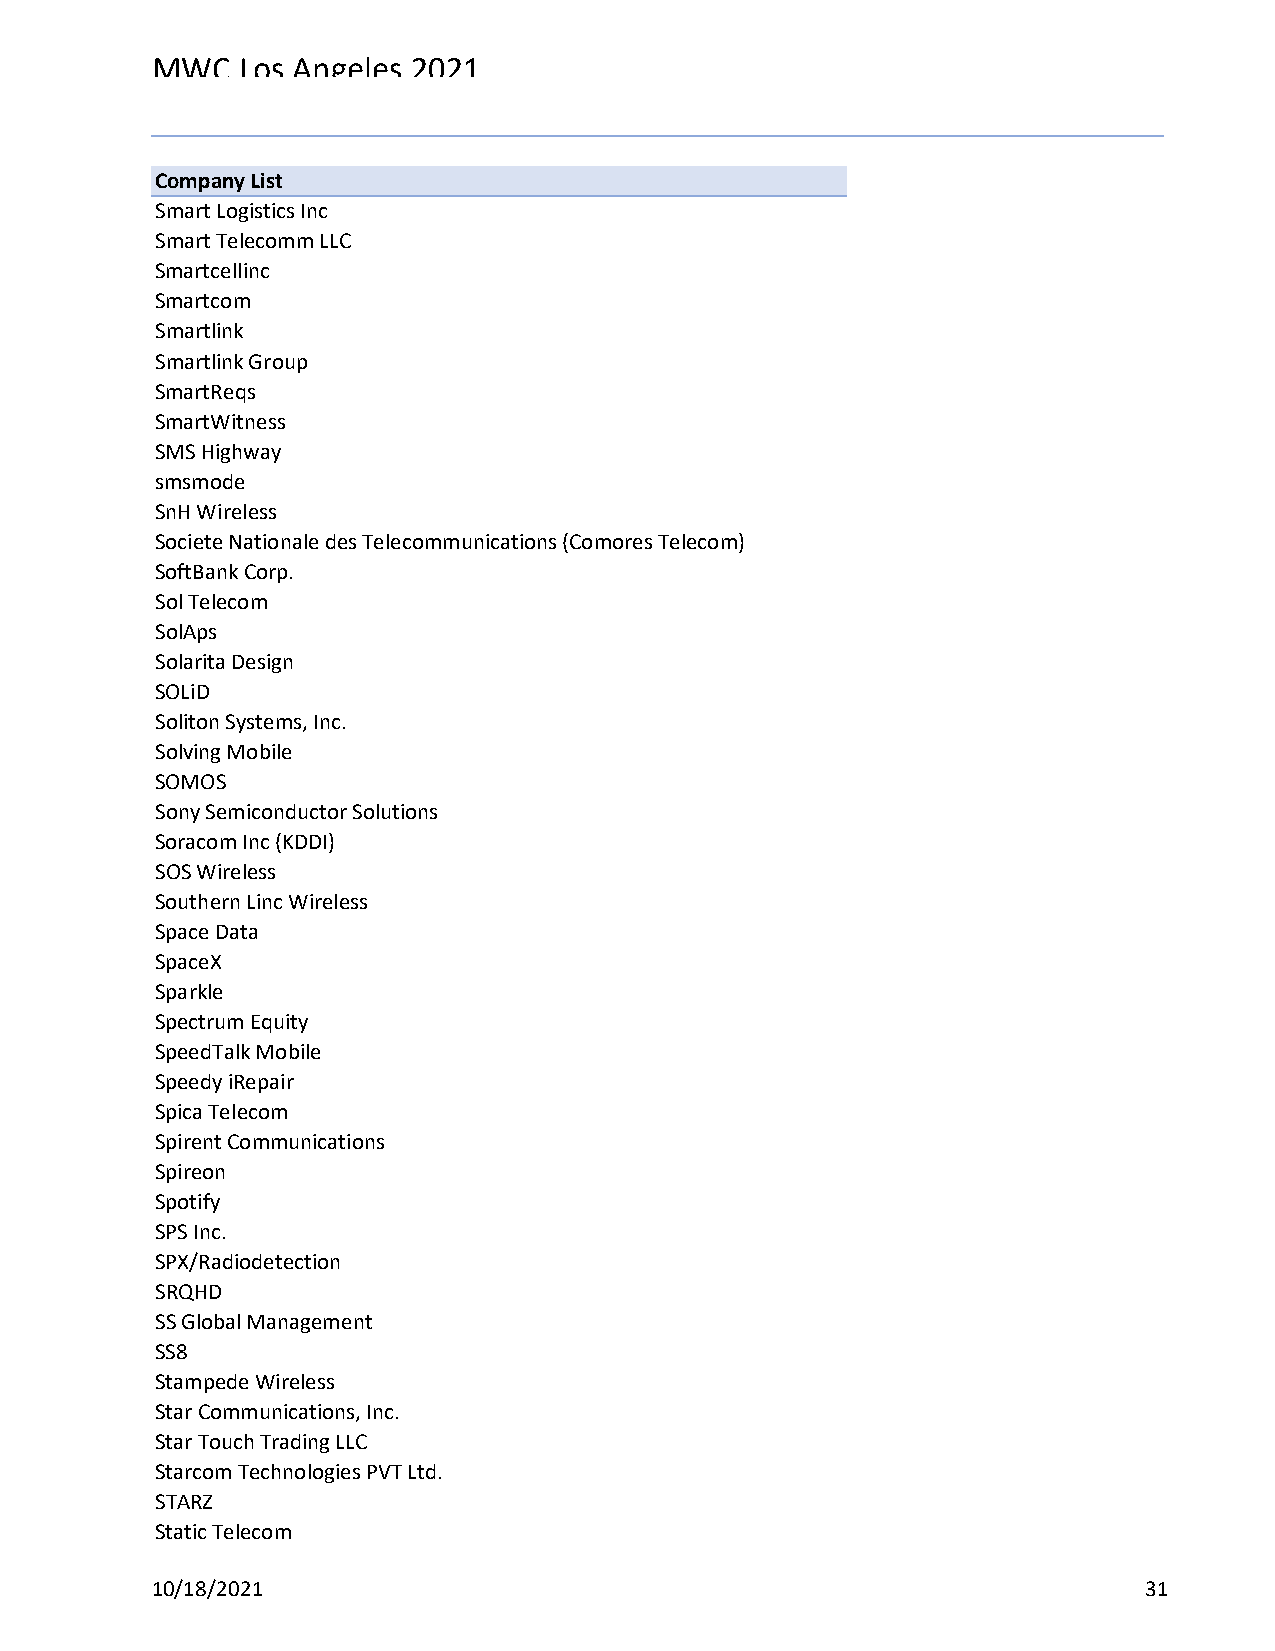
MWC   Los Angeles 2021
 Reg Status                                    Registration Complete
 Code Description                              (Multiple Items)
 Company List
 Smart Logistics Inc
 Smart Telecomm LLC
 Smartcellinc
 Smartcom
 Smartlink
 Smartlink Group
 SmartReqs
 SmartWitness
 SMS Highway
 smsmode
 SnH Wireless
 Societe Nationale des Telecommunications (Comores Telecom)
 SoftBank Corp.
 Sol Telecom
 SolAps
 Solarita Design
 SOLiD
 Soliton Systems, Inc.
 Solving Mobile
 SOMOS
 Sony Semiconductor Solutions
 Soracom Inc (KDDI)
 SOS Wireless
 Southern Linc Wireless
 Space Data
 SpaceX
 Sparkle
 Spectrum Equity
 SpeedTalk Mobile
 Speedy iRepair
 Spica Telecom
 Spirent Communications
 Spireon
 Spotify
 SPS Inc.
 SPX/Radiodetection
 SRQHD
 SS Global Management
 SS8
 Stampede Wireless
 Star Communications, Inc.
 Star Touch Trading LLC
 Starcom Technologies PVT Ltd.
 STARZ
 Static Telecom
 10/18/2021                                                        31